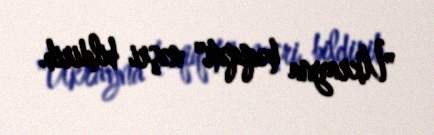
"Ukrayna həqiqəti" nəşri bildirib.